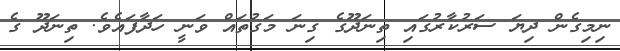
ނިމިގެން ދިޔަ ސަރުކާރުގައި ތިނަދޫގެ ގިނަ މަގުތައް ވަނީ ހަދާފައެވެ. ތިނަދޫ ގެ